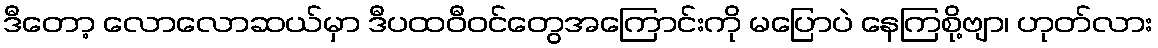
ဒီတော့ လောလောဆယ်မှာ ဒီပထဝီဝင်တွေအကြောင်းကို မပြောပဲ နေကြစို့ဗျာ၊ ဟုတ်လား